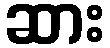
ဆား